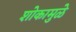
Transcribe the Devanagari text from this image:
शोकामुळे